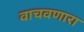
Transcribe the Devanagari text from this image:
वाचवणारा